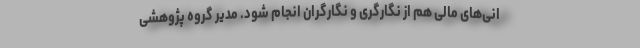
انی‌های مالی هم از نگارگری و نگارگران انجام شود. مدیر گروه پژوهشی